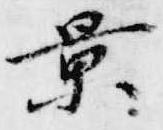
景